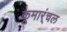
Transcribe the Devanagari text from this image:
कूमार्ंचल